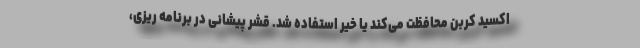
اکسید کربن محافظت می‌کند یا خیر استفاده شد. قشر پیشانی در برنامه ریزی،